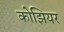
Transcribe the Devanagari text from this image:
कोझियर